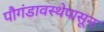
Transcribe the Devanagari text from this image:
पौगंडावस्थेपासून